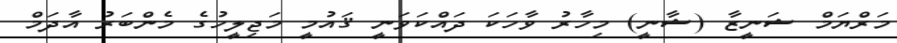
މަރްޔަމް ޝަނީޒާ (ޝާނީ) މިހާރު ވާހަކަ ދައްކަވަނީ ޤައުމީ މަޖިލީހުގެ މެންބަރު އާދަމް